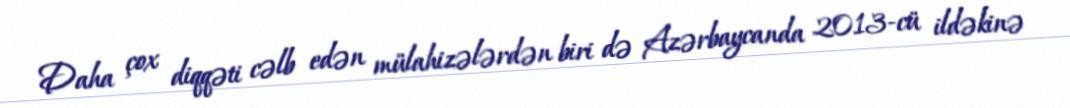
Daha çox diqqəti cəlb edən mülahizələrdən biri də Azərbaycanda 2013-cü ildəkinə